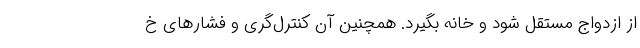
از ازدواج مستقل شود و خانه بگیرد. همچنین آن کنترل‌گری و فشارهای خ